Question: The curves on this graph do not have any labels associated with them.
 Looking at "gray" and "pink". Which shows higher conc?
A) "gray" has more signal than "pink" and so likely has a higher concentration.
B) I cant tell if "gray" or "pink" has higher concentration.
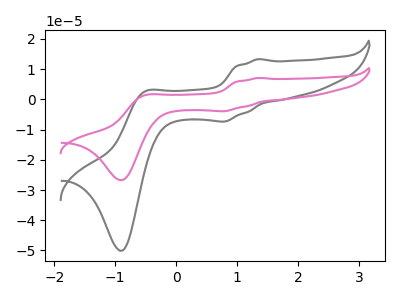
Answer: <think>The gray curve "gray" has anodic peaks at (1.35V, 13.30uA) (-0.50V, 2.55uA) and cathodic peaks at (0.80V, -7.30uA) (-0.90V, -50.10uA). The pink curve "pink" has anodic peaks at (1.35V, 7.10uA) (-0.50V, 1.35uA) and cathodic peaks at (0.80V, -3.90uA) (-0.90V, -26.75uA).
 All the peaks in "gray" have a peak in "pink" at the same potential. Every peak in "gray" is higher than every peak in "pink".</think>
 <answer>A) "gray" has more signal than "pink" and so likely has a higher concentration.</answer>
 <eval>A</eval>